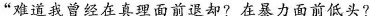
”难道我曾经在真理面前退却?在暴力面前低头?